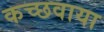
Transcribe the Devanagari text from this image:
कच्छवाया